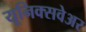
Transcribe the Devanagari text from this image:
यूनिक्सवेअर